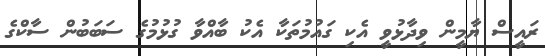
ރައީސް ޔާމީން ވިދާޅުވީ އެކި ގައުމުތަކާ އެކު ބާއްވާ ގުޅުމުގެ ސަބަބުން ސާކްގެ